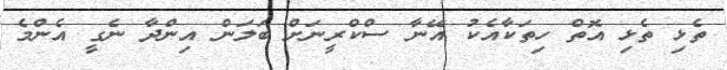
ތެޅި ތެޅި އޮތް ހިތަކާއެކު އޭނާ ސްކްރީނަށް ބަލަން އިންދާ ނެގީ އެންމެ